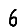
Digit: 6